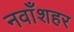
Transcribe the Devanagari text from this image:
नवाँशहर